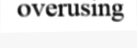
overusing